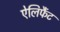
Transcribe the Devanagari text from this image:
ऐलिफैंट